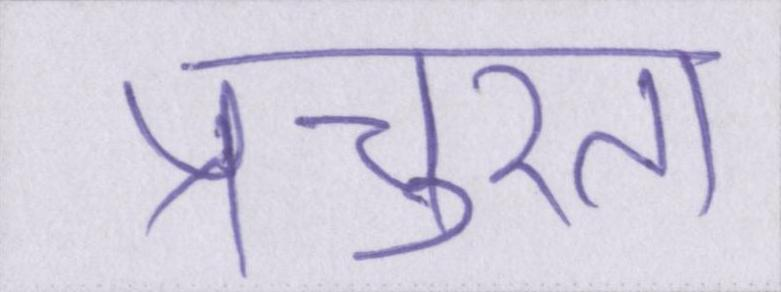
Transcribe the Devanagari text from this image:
प्रचुरता